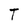
Character: T